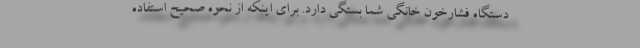
دستگاه فشارخون خانگی شما بستگی دارد. برای اینکه از نحوه صحیح استفاده